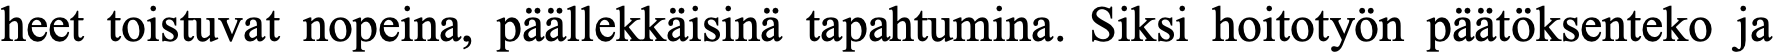
heet toistuvat nopeina, päällekkäisinä tapahtumina. Siksi hoitotyön päätöksenteko ja